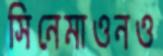
সিনেমাওনও